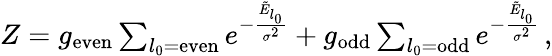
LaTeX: \begin{array}{r}{Z=g_{\mathrm{even}}\sum_{l_{0}=\mathrm{even}}e^{-\frac{\tilde{E}_{l_{0}}}{\sigma^{2}}}+g_{\mathrm{odd}}\sum_{l_{0}=\mathrm{odd}}e^{-\frac{\tilde{E}_{l_{0}}}{\sigma^{2}}}\, ,}\end{array}